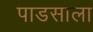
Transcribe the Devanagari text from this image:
पाडसाला